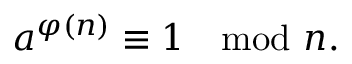
a ^ { \varphi ( n ) } \equiv 1 \mod n .